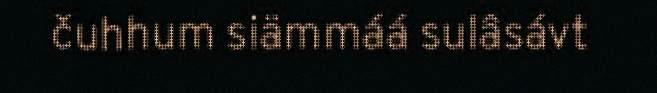
čuhhum siämmáá sulâsávt